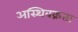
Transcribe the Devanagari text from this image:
अस्थिवक्रता